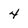
Character: 4